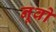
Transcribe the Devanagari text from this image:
नूवो